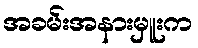
အခမ်းအနားမှူးက